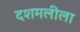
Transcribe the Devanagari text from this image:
दशमलीला